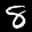
Label: 8